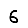
Digit: 6